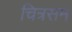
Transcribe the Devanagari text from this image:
चित्रसम